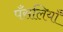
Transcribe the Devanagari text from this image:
पँसलियाँ